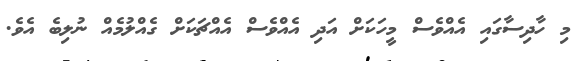
މި ހާދިސާގައި އެއްވެސް މީހަކަށް އަދި އެއްވެސް އެއްޗަކަށް ގެއްލުމެއް ނުލިބެ އެވެ.